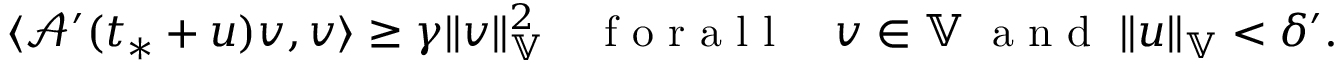
\langle \mathcal { A } ^ { \prime } ( t _ { * } + u ) v , v \rangle \ge \gamma \| v \| _ { \mathbb { V } } ^ { 2 } \quad \mathrm { ~ f ~ o ~ r ~ a ~ l ~ l ~ } \quad v \in \mathbb { V } \; \mathrm { ~ a ~ n ~ d ~ } \; \| u \| _ { \mathbb { V } } < \delta ^ { \prime } .